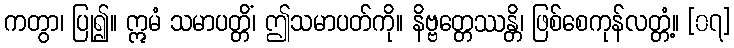
ကတွာ၊ ပြု၍။ ဣမံ သမာပတ္တိံ၊ ဤသမာပတ်ကို။ နိဗ္ဗတ္တေဿန္တိ၊ ဖြစ်စေကုန်လတ္တံ့။ [၀၇]